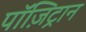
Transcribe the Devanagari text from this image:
पॉज़िट्रान